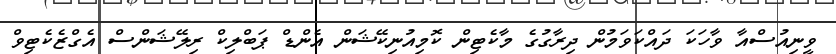
ވީނިއުސްއާ ވާހަކަ ދައްކަވަމުން ދިރާގުގެ މާކެޓިން ކޮމިއުނިކޭޝަން އެންޑް ޕަބްލިކް ރިލޭޝަންސް އެގްޒެކެޓިވް